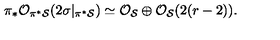
\pi _ { * } { \cal O } _ { \pi ^ { * } { \cal S } } ( 2 \sigma | _ { \pi ^ { * } { \cal S } } ) \simeq { \cal O } _ { { \cal S } } \oplus { \cal O } _ { { \cal S } } ( 2 ( r - 2 ) ) .